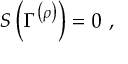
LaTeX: { \cal S } \left( \Gamma ^ { \left( \rho \right) } \right) = 0 \, \, ,